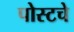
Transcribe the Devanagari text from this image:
पोस्टचे